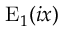
\mathrm { E } _ { 1 } ( i x )